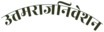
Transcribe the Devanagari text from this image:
उत्तमराजनिवेशन